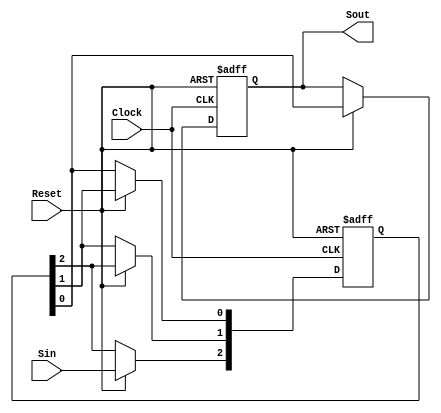
// Module Name:    SISO_Shift_Register 

module SISO_Shift_Register(Sin,Sout,Clock,Reset);
	input Sin,Clock,Reset;
	output reg Sout;
	reg [2:0] Q;
	always@(posedge Clock or negedge Reset)
	begin
		if(!Reset)
		begin
			Sout <= 1'b0;
			Q <= 3'b0;
		end
		else if(Reset)
		begin
			Sout <= Q[0];
			Q[0] <= Q[1];
			Q[1] <= Q[2];
			Q[2] <= Sin;
		end
	end
endmodule